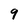
Character: 9